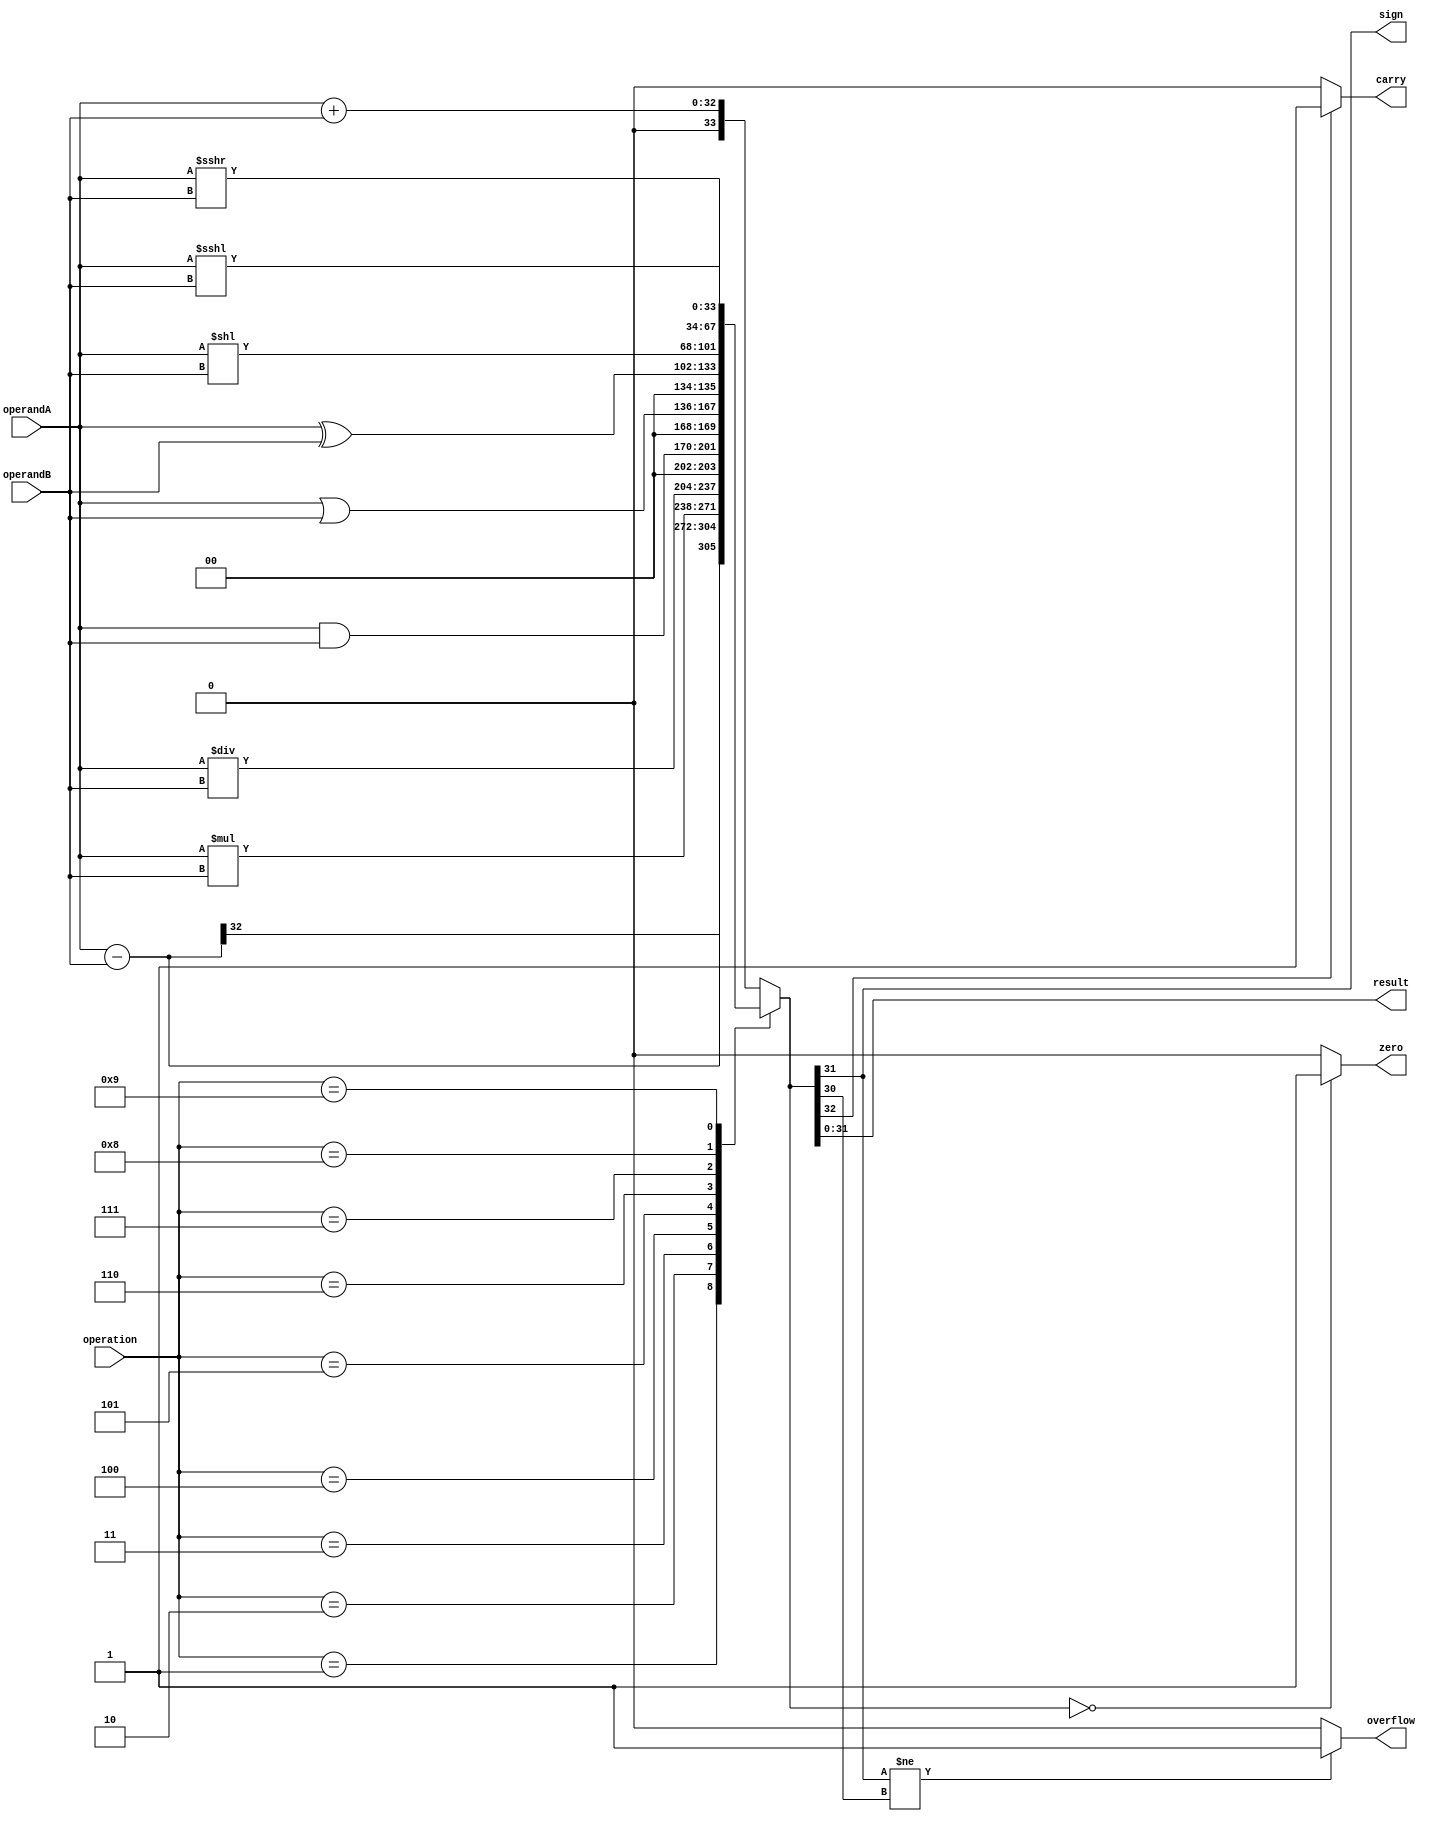
module ALU(
    input [31:0] operandA,
    input [31:0] operandB,
    input [3:0] operation,
    output reg [31:0] result,
    output reg zero,
    output reg carry,
    output reg overflow,
    output reg sign
);

reg [31:0] tempResult;
reg [33:0] tempResultWide;

always @(*)
begin
    case(operation)
        4'b0000: tempResultWide = operandA + operandB; // Addition
        4'b0001: tempResultWide = operandA - operandB; // Subtraction
        4'b0010: tempResultWide = operandA * operandB; // Multiplication
        4'b0011: tempResultWide = operandA / operandB; // Division
        4'b0100: tempResultWide = operandA & operandB; // Bitwise AND
        4'b0101: tempResultWide = operandA | operandB; // Bitwise OR
        4'b0110: tempResultWide = operandA ^ operandB; // Bitwise XOR
        4'b0111: tempResultWide = operandA << operandB; // Left Shift
        4'b1000: tempResultWide = operandA >>> operandB; // Right Shift
        4'b1001: tempResultWide = operandA <<< operandB; // Rotate
        default: tempResultWide = operandA + operandB; // Default to addition
    endcase
end

always @(*)
begin
    if(tempResultWide[32] == 1) begin
        carry = 1;
    end else begin
        carry = 0;
    end
    
    if(tempResultWide == 0) begin
        zero = 1;
    end else begin
        zero = 0;
    end
    
    if(tempResultWide[31] != tempResultWide[30]) begin
        overflow = 1;
    end else begin
        overflow = 0;
    end
    
    sign = tempResultWide[31];
    
    result = tempResultWide[31:0];
end

endmodule